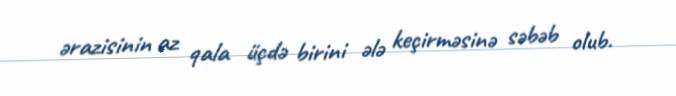
ərazisinin az qala üçdə birini ələ keçirməsinə səbəb olub.